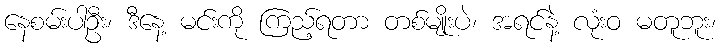
နေစမ်းပါဦး၊ ဒီနေ့ မင်းကို ကြည့်ရတာ တစ်မျိုးပဲ၊ အရင်နဲ့ လုံးဝ မတူဘူး၊